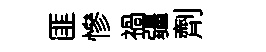
匪慘禍疆劑